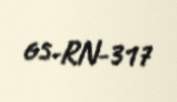
65-RN-317